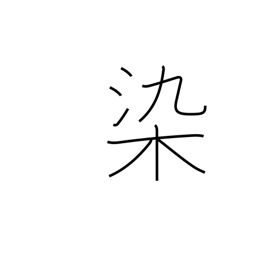
Meaning: stain